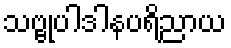
သဗ္ဗုပါဒါနပရိညာယ